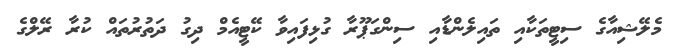
މެލޭޝިއާގެ ސިޓީތަކާއި ތައިލެންޑާއި ސިންގަޕޫރާ ގުޅިފައިވާ ކޭޓީއެމް ދިގު ދަތުރުތައް ކުރާ ރޭލްގެ